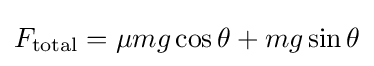
F_{\text{total}}=\mu mg\cos {\theta }+mg\sin \theta